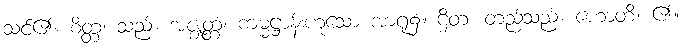
သင်၏။ စိတ္တံ၊ သည်။ အဇ္ဈတ္တံ၊ ကမ္မဋ္ဌာန်းဟူသော အာရုံ၌။ ဌိတံ၊ တည်သည်။ ဟောတိ၊ ၏။